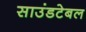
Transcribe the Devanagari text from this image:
साउंडटेबल